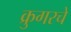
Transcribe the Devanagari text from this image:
क्रुगरचे